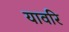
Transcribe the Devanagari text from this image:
यावरि